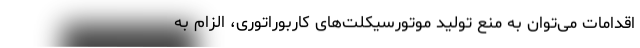
اقدامات می‌توان به منع تولید موتورسیکلت‌های کاربوراتوری، الزام به